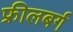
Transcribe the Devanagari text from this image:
फ्रीलबर्ग